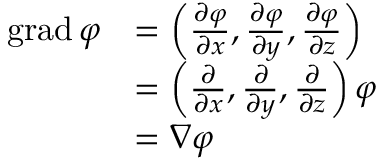
{ \begin{array} { r l } { \operatorname { g r a d } \varphi } & { = \left( { \frac { \partial \varphi } { \partial x } } , { \frac { \partial \varphi } { \partial y } } , { \frac { \partial \varphi } { \partial z } } \right) } \\ & { = \left( { \frac { \partial } { \partial x } } , { \frac { \partial } { \partial y } } , { \frac { \partial } { \partial z } } \right) \varphi } \\ & { = \nabla \varphi } \end{array} }